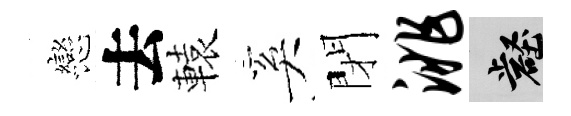
戀去轅奚閉洮壑